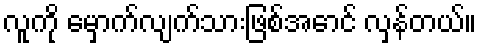
လူကို မှောက်လျက်သားဖြစ်အောင် လှန်တယ်။